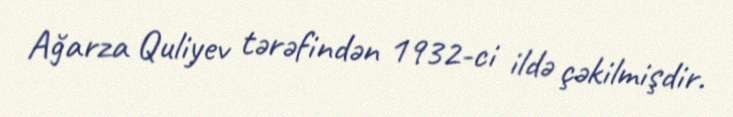
Ağarza Quliyev tərəfindən 1932-ci ildə çəkilmişdir.